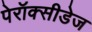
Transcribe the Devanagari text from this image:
पेरॉक्सीडेज